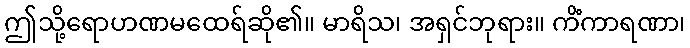
ဤသို့ရောဟဏမထေရ်ဆို၏။ မာရိသ၊ အရှင်ဘုရား။ ကိံကာရဏာ၊